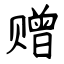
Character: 赠